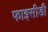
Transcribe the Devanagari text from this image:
फाइसीडी